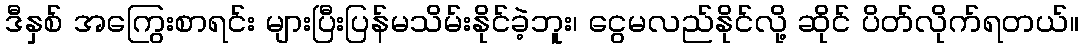
ဒီနှစ် အကြွေးစာရင်း များပြီးပြန်မသိမ်းနိုင်ခဲ့ဘူး၊ ငွေမလည်နိုင်လို့ ဆိုင် ပိတ်လိုက်ရတယ်။